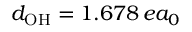
d _ { \mathrm { O H } } = 1 . 6 7 8 \, e a _ { 0 }